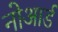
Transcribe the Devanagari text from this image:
नोआर्ड